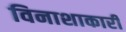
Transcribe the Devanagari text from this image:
विनाशाकारी